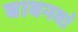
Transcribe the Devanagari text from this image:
बावनवां